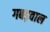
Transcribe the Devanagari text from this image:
गबड़वाल